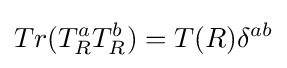
Tr(T_{R}^{a}T_{R}^{b})=T(R)\delta ^{ab}